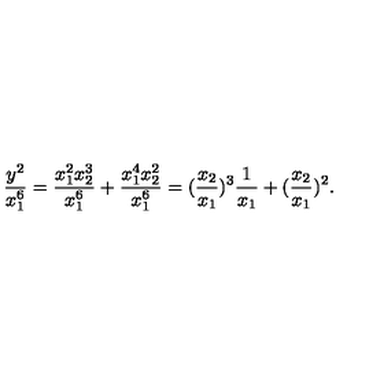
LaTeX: \frac { y ^ { 2 } } { x _ { 1 } ^ { 6 } } = \frac { x _ { 1 } ^ { 2 } x _ { 2 } ^ { 3 } } { x _ { 1 } ^ { 6 } } + \frac { x _ { 1 } ^ { 4 } x _ { 2 } ^ { 2 } } { x _ { 1 } ^ { 6 } } = ( \frac { x _ { 2 } } { x _ { 1 } } ) ^ { 3 } \frac { 1 } { x _ { 1 } } + ( \frac { x _ { 2 } } { x _ { 1 } } ) ^ { 2 } .